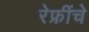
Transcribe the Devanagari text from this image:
रेफ्रींचे